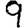
Digit: 9